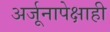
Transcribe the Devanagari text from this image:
अर्जूनापेक्षाही